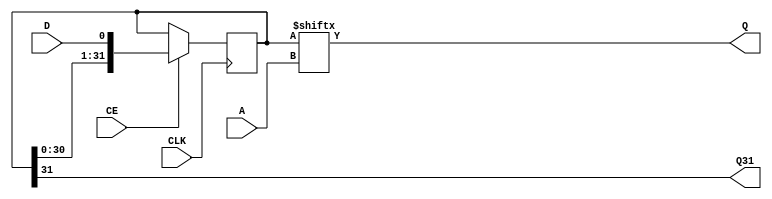
///////////////////////////////////////////////////////////////////////////////
// Copyright (c) 1995/2015 Xilinx, Inc.
// All Right Reserved.
///////////////////////////////////////////////////////////////////////////////
//   ____  ____
//  /   /\/   /
// /___/  \  /    Vendor : Xilinx
// \   \   \/     Version : 2015.4
//  \   \         Description : Xilinx Formal Library Component
//  /   /                  32-Bit Shift Register Look-Up-Table with Carry and Clock Enable
// /___/   /\     Filename : SRLC32E.v
// \   \  /  \
//  \___\/\___\
//
///////////////////////////////////////////////////////////////////////////////
// Revision:
//    04/01/08 - Initial version.
//    08/30/13 - PR683925 - add invertible pin support.
// End Revision
///////////////////////////////////////////////////////////////////////////////

`timescale  1 ps / 1 ps

`celldefine

module SRLC32E (Q, Q31, A, CE, CLK, D);

    parameter [31:0] INIT = 32'h00000000;
    parameter [0:0] IS_CLK_INVERTED = 1'b0;

`ifdef XIL_TIMING //Simprim
 
  parameter LOC = "UNPLACED";

`endif

    output Q;
    output Q31;

    input  [4:0] A;
    input  CE, CLK, D;

    reg  [31:0] data;
    reg  [6:0]  count;
    wire [4:0]  addr;
    wire CLK_in;
    
    buf b_a4 (addr[4], A[4]);
    buf b_a3 (addr[3], A[3]);
    buf b_a2 (addr[2], A[2]);
    buf b_a1 (addr[1], A[1]);
    buf b_a0 (addr[0], A[0]);

    assign  Q = data[addr];
    assign  Q31 = data[31];
    assign CLK_in = IS_CLK_INVERTED ^ CLK;

    // synopsys translate_off
    initial begin
  for (count = 0; count < 32; count = count + 1)
      data[count] <= INIT[count];
    end
   // synopsys translate_on

    always @(posedge CLK_in)
  if (CE == 1'b1) 
      data <=  {data[30:0], D};


endmodule

`endcelldefine